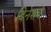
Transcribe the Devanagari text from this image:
दिनेशचे